Leprosy in India: report of the Leprosy Commission in India, 1890-91
Year: 1890
Disease focus: Leprosy
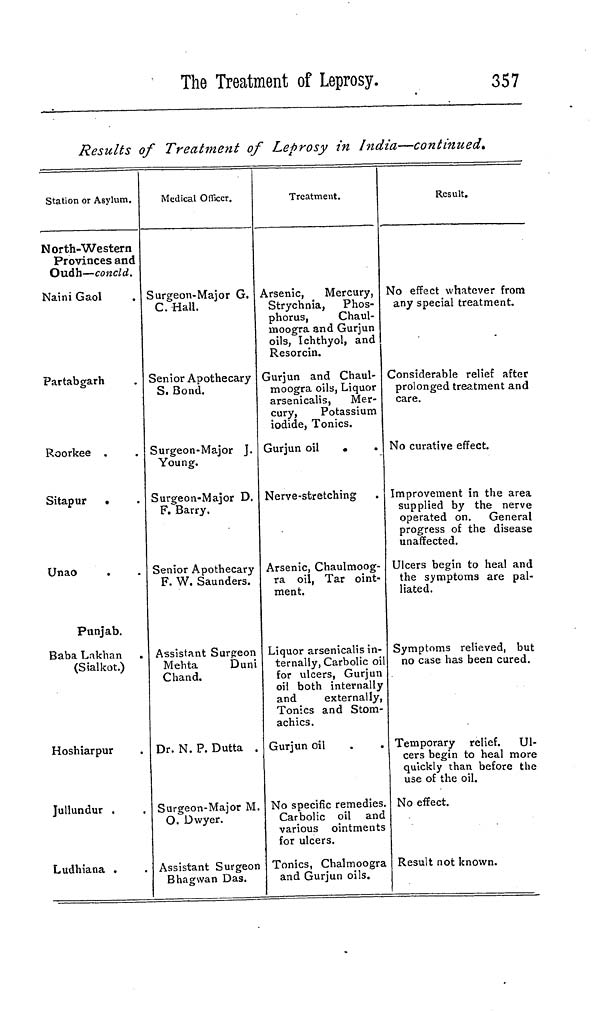
The Treatment of Leprosy.
357
Results of Treatment of Leprosy in India—continued.
Station or Asylum.
North-Western
Provinces and
Oudh—concld.
Naini Gaol
Partabgarh
Roorkee
Sitapur
Unao
Punjab.
Baba Lakhan .
(Sialkot.)
Hoshiarpur
Jullundur .
Ludhiana
Medical Officer.
Surgeon-Major G.
C. Hall.
Senior Apothecary
S. Bond.
Surgeon-Major J.
Young.
Surgeon-Major D.
F. Barry.
Senior Apothecary
F. W. Saunders.
Assistant Surgeon
Mehta
Duni
Chand.
Dr. N. P. Dutta .
Surgeon-Major M.
O. Dwyer.
Assistant Surgeon
Bhagwan Das.
Treatment.
Arsenic,
Mercury,
Strychnia, Phos-
phorus,
Chaul-
moogra and Gurjun
oils, Ichthyol, and
Resorcin.
Gurjun and Chaul-
moogra oils, Liquor
arsenicalis, Mer-
cury,
Potassium
iodide, Tonics.
Gurjun oil
•
.
Nerve-stretching
.
Arsenic, Chaulmoog-
ra oil, Tar oint-
ment.
Liquor arsenicalis in-
ternally, Carbolic oil
for ulcers, Gurjun
oil both internally
and
externally,
Tonics and Stom-
achics.
Gurjun oil
No specific remedies.
Carbolic oil and
various ointments
for ulcers.
Tonics, Chalmoogra
and Gurjun oils.
Result.
No effect whatever from
any special treatment.
Considerable relief after
prolonged treatment and
care.
No curative effect.
Improvement in the area
supplied by the nerve
operated on. General
progress of the disease
unaffected.
Ulcers begin to heal and
the symptoms are pal-
liated.
Symptoms relieved, but
no case has been cured.
Temporary relief. Ul-
cers begin to heal more
quickly than before the
use of the oil.
No effect.
Result not known.